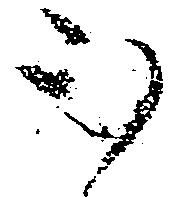
被